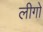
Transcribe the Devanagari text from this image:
लीगो